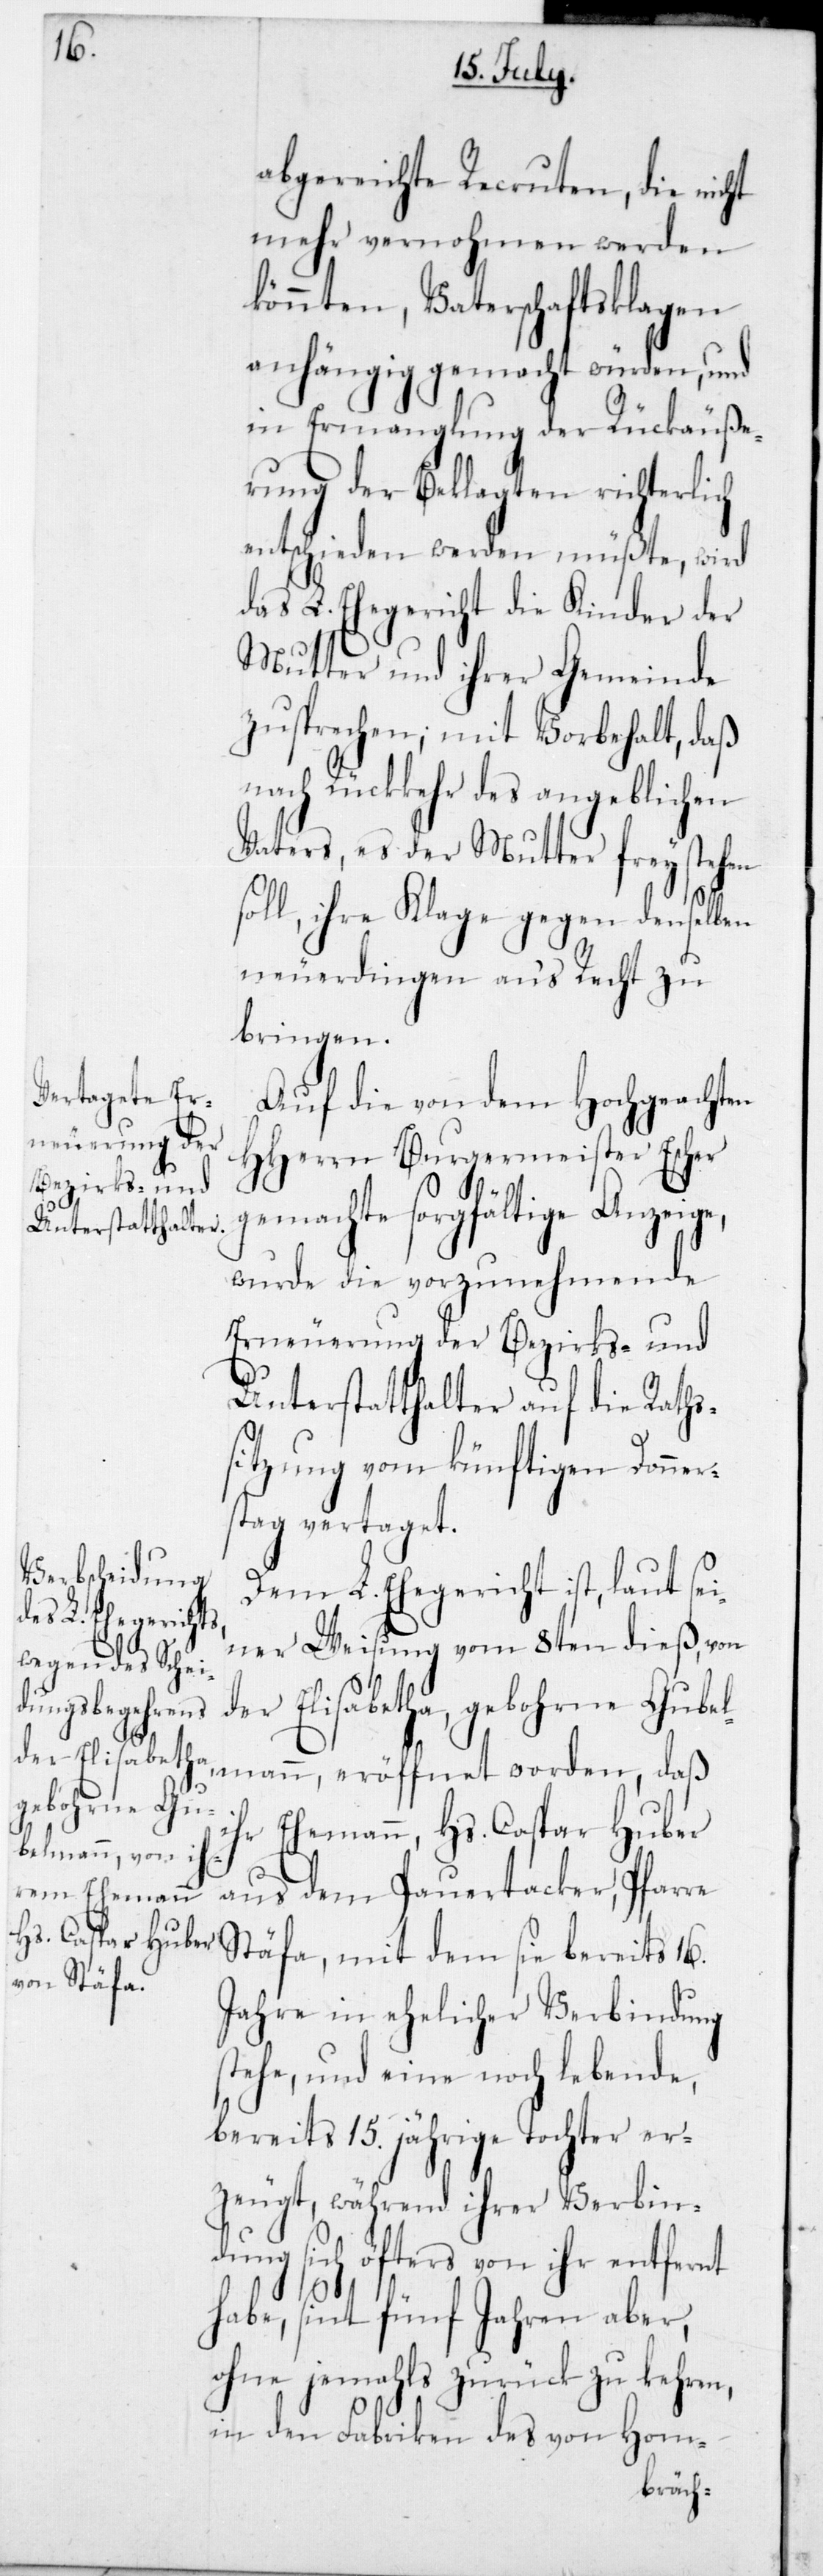
abgereichte Recruten, die nicht
mehr vernohmen werden
könnten, Vaterschaftsklagen
anhängig gemacht würden, und
in Ermanglung der Rückäuße¬
rung der Beklagten richterlich
entschieden werden müßte, wird
das L. Ehegericht die Kinder der
Mutter und ihrer Gemeinde
zusprechen; mit Vorbehalt, daß
nach Rückkehr des angeblichen
Vaters, es der Mutter frey stehen
soll, ihre Klage gegen denselben
neuerdingen ans Recht zu
bringen.
Auf die von dem Hochgeachten
HHerrn Burgermeister Escher
mit dem sie bereits
wurde die vorzunehmende
Erneuerung der Bezirks- und
Unterstatthalter auf die Raths¬
sitzung vom künftigen Donner¬
stag vertaget.
Dem L. Ehegericht ist, laut sei¬
ner Weisung vom 8ten dieß, von
der Elisabetha, gebohrne Gub¬
fnet worden,
elmann eröf¬
ihr Ehemann, Hs. Caspar Huber
aus dem Pauertacker, Pfarre
Jahre in ehelicher Verbindung
stehe, und eine noch lebende,
bereits 15 jährige Tochter er¬
zeugt, während ihrer Verbind¬
ung sich öfters von ihr entfernt
habe, sint fünf Jahren aber,
ohne jemals zurück zu kehren,
in den Fabriken des von Hom-